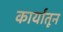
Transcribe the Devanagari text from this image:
कार्यांतून